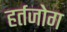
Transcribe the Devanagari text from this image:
हर्तजोग